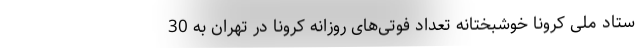
ستاد ملی کرونا خوشبختانه تعداد فوتی‌های روزانه کرونا در تهران به 30